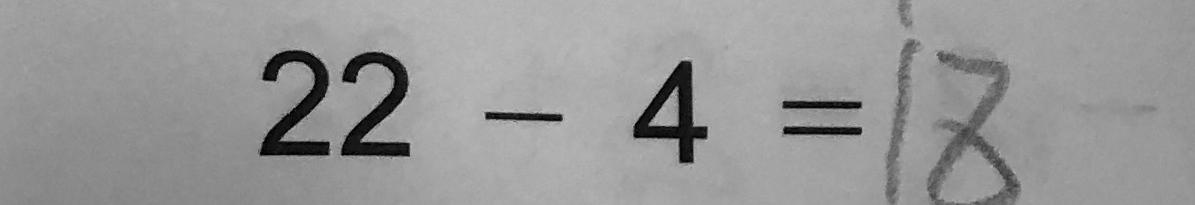
2 2 - 4 = 1 8